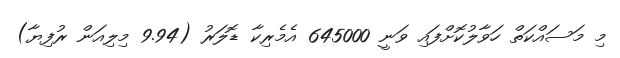
މި މަސައްކަތް ހަވާލުކޮށްފައި ވަނީ 645000 އެމެރިކާ ޑޮލަރު (9.94 މިލިއަން ރުފިޔާ)